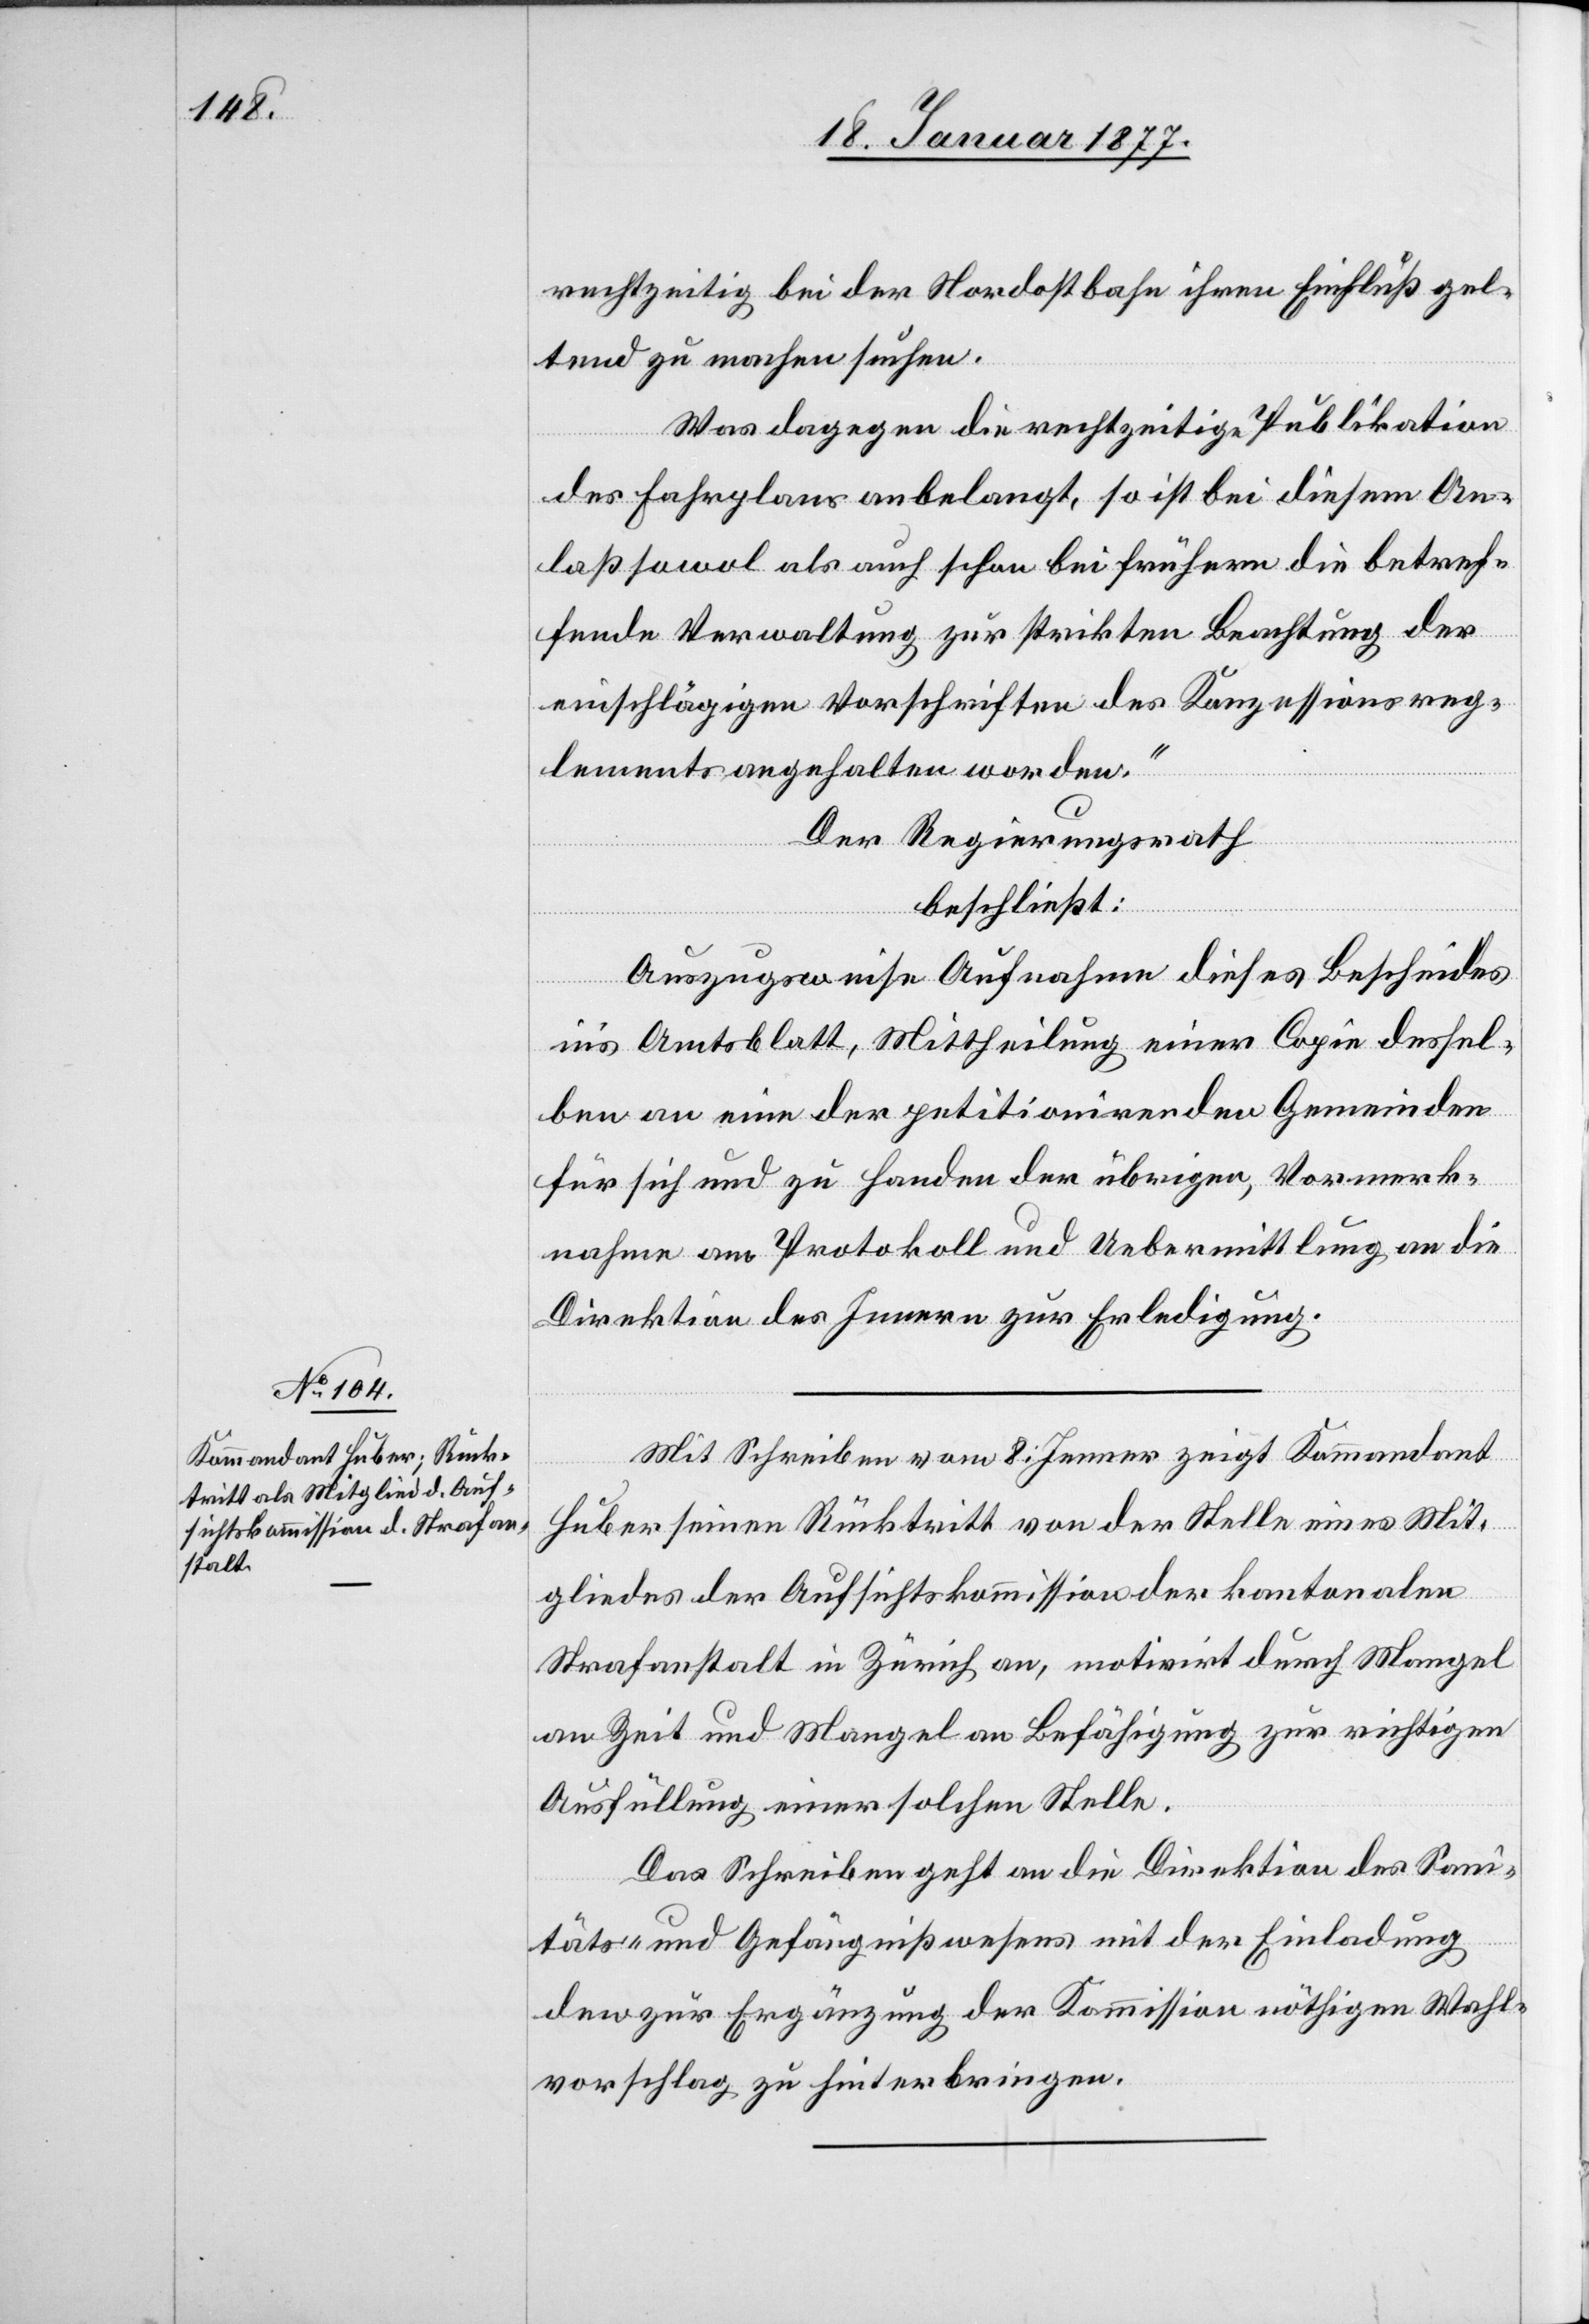
rechtzeitig bei der Nordostbahn ihren Einfluß gel¬
tend zu machen suchen.
Was dagegen die rechtzeitige Publikation
des Fahrplanes anbelangt, so ist bei diesem An¬
laß sowol als auch schon bei frühern die betref¬
fende Verwaltung zur strikten Beachtung der
einschlägigen Vorschriften des Konzessionsreg¬
lements angehalten worden.“
Der Regierungsrath
beschließt:
Auszugsweise Aufnahme dieses Bescheides
in’s Amtsblatt, Mittheilung einer Copie dessel¬
ben an eine der petitionirenden Gemeinden
für sich und zu Handen der übrigen, Vormerk¬
nahme am Protokoll und Uebermittlung an die
Direktion des Innern zur Erledigung.
Mit Schreiben vom 8. Jenner zeigt Kommandant
Huber seinen Rücktritt von der Stelle eines Mit¬
gliedes der Aufsichtskommission der kantonalen
Strafanstalt in Zürich an, motivirt durch Mangel
an Zeit und Mangel an Befähigung zur richtigen
Ausfüllung einer solchen Stelle.
Das Schreiben geht an die Direktion des Sani¬
täts- und Gefängniswesens mit der Einladung
den zur Ergänzung der Kommission nöthigen Wahl¬
vorschlag zu hinterbringen.